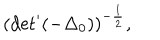
LaTeX: ( \mathrm { d e t } ^ { \prime } ( - { \Delta } _ { 0 } ) ) ^ { - \frac { 1 } { 2 } } ,